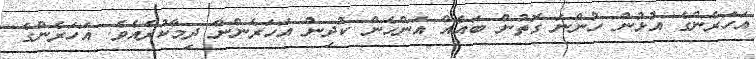
އަހަރެންގެ އުޅުން ހުންނަ ގޮތުން ބައެއް އަންހެން ކުދިން އަހަރެންނާ ދިމާކުރެއެވެ. އަހަރެންގެ